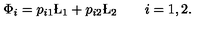
\Phi _ { i } = p _ { i 1 } \L _ { 1 } + p _ { i 2 } \L _ { 2 } \qquad i = { 1 , 2 } .